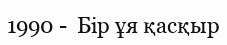
1990 -  Бір ұя қасқыр